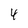
Character: 4